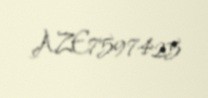
AZE7597425